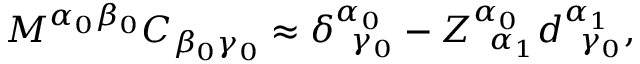
M ^ { \alpha _ { 0 } \beta _ { 0 } } C _ { \beta _ { 0 } \gamma _ { 0 } } \approx \delta _ { \; \; \gamma _ { 0 } } ^ { \alpha _ { 0 } } - Z _ { \; \; \alpha _ { 1 } } ^ { \alpha _ { 0 } } d _ { \; \; \gamma _ { 0 } } ^ { \alpha _ { 1 } } ,